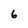
Character: 6